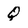
Character: Q